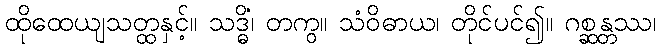
ထိုထေယျသတ္ထနှင့်။ သဒ္ဓိံ၊ တကွ။ သံဝိဓာယ၊ တိုင်ပင်၍။ ဂစ္ဆန္တဿ၊